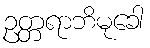
ဥတ္တရာဘိမုခေါ